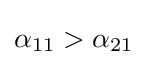
\alpha _{11}>\alpha _{21}